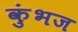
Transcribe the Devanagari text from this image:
कुंभज